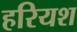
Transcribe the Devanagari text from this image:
हरियश